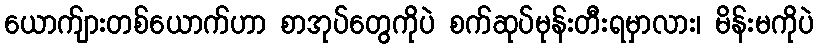
ယောက်ျားတစ်ယောက်ဟာ စာအုပ်တွေကိုပဲ စက်ဆုပ်မုန်းတီးရမှာလား၊ မိန်းမကိုပဲ